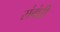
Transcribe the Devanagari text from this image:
संबंघी